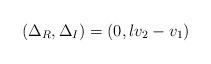
LaTeX: \begin{align*}(\Delta_R, \Delta_I)=(0, lv_2-v_1)\end{align*}